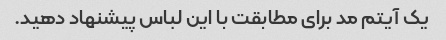
یک آیتم مد برای مطابقت با این لباس پیشنهاد دهید.